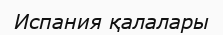
Испания қалалары